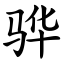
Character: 骅